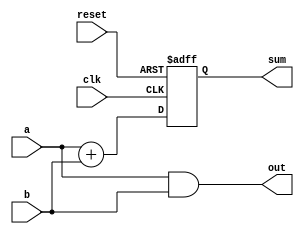
module example_design (
    input wire clk,          // Clock input
    input wire reset,        // Reset input
    input wire [3:0] a,      // 4-bit input
    input wire [3:0] b,      // 4-bit input
    output reg [4:0] sum,    // 5-bit output for sum
    output reg [3:0] out     // 4-bit output for some combinational logic
);

// Combinational Logic Block
always @* begin
    // Example: 4-bit AND operation
    out = a & b; // Perform bitwise AND on inputs a and b
end

// Sequential Logic Block
always @(posedge clk or posedge reset) begin
    if (reset) begin
        sum <= 5'b0; // Reset sum to 0
    end else begin
        sum <= a + b; // Sum a and b on the rising edge of the clock
    end
end

endmodule